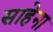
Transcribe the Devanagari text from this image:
साहेना